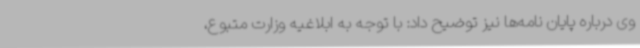
وی درباره پایان نامه‌ها نیز توضیح داد: با توجه به ابلاغیه وزارت متبوع،